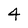
Character: 4